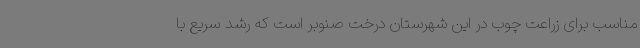
مناسب برای زراعت چوب در این شهرستان درخت صنوبر است که رشد سریع با